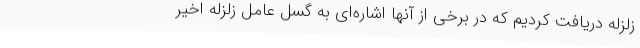
زلزله دریافت کردیم که در برخی از آنها اشاره‌ای به گسل عامل زلزله اخیر